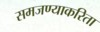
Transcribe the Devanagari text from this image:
समजण्याकरिता